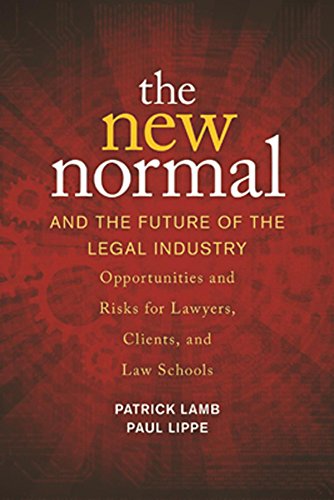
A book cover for The New Normal and the Future of the Legal Industry; Patrick Lamb; Law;